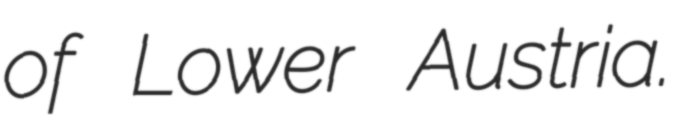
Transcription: of Lower Austria.